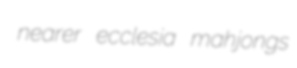
nearer ecclesia mahjongs